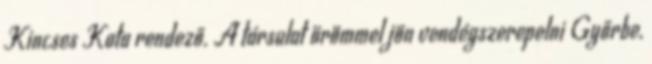
Kincses Kata rendező. A társulat örömmel jön vendégszerepelni Győrbe,